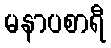
မနာပစာရီ